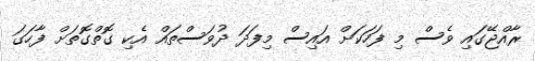
ރާއްޖޭގައި ވެސް މި ފަހަކަށް އައިސް މިފަދަ ދުވަސްތައް އެކި ގޮތްގޮތަށް ފާހަގަ